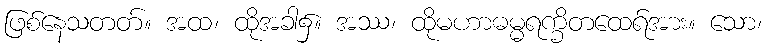
ဖြစ်နေသတတ်။ အထ၊ ထိုအခါ၌။ အဿ၊ ထိုမဟာဓမ္မရက္ခိတထေရ်အား။ သော၊